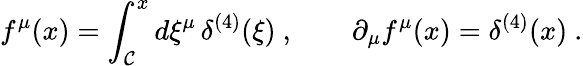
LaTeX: f^{\mu}(x)=\int_{\mathcal{C}}^{x}d\xi^{\mu}\, \delta^{(4)}(\xi)\ ,\qquad\partial_{\mu}f^{\mu}(x)=\delta^{(4)}(x)\ .